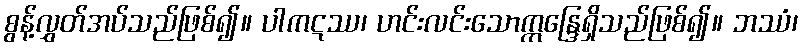
စွန့်လွှတ်အပ်သည်ဖြစ်၍။ ပါကဋဿ၊ ဟင်းလင်းသောဣန္ဒြေရှိသည်ဖြစ်၍။ ဘဿံ၊